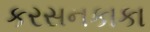
કરસનકાકા